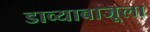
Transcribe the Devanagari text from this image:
डाव्याबाजूला